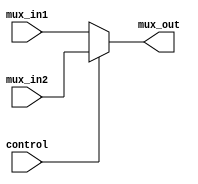
module mux(mux_in1,mux_in2,control,mux_out);
input [31:0]mux_in1;
input [31:0]mux_in2;
input control;
output [31:0] mux_out;

assign mux_out =(control==0)?mux_in1:mux_in2;

endmodule